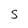
Character: S